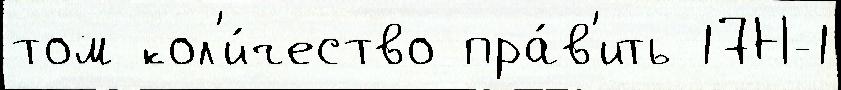
том кол'и́чество пра́в'ить 17Н-1